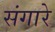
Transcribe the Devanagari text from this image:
संगारे